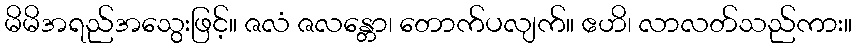
မိမိအရည်အသွေးဖြင့်။ ဇလံ ဇလန္တော၊ တောက်ပလျက်။ ဧဟိ၊ လာလတ်သည်ကား။